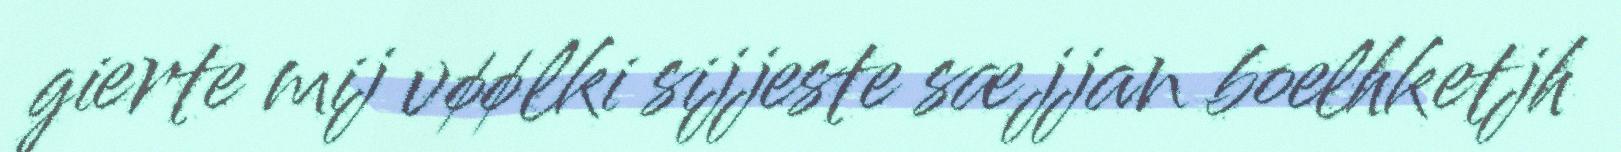
gierte mij vøølki sijjeste sæjjan boelhketjh